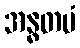
အန္ဓတမံ